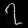
Digit: ၇